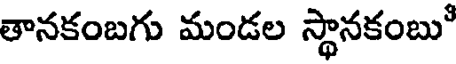
తానకంబగు మండల స్థానకంబు"